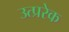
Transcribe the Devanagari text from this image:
उत्प्ररेक